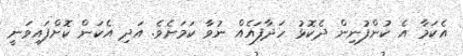
އެކަމާ އެ ކުންފުނިން ދެކޮޅު ހަދާފައެއް ނުވާ ކަމަށެވެ. އަދި އެކަން ކޮށްފައިވަނީ